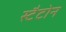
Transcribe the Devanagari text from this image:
स्टैटोन